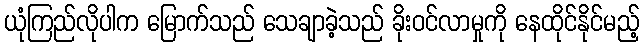
ယုံကြည်လိုပါက မြောက်သည် သေချာခဲ့သည် ခိုးဝင်လာမှုကို နေထိုင်နိုင်မည့်